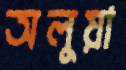
অলুয়া